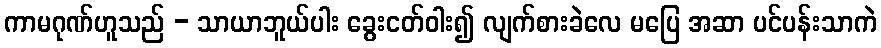
ကာမဂုဏ်ဟူသည် - သာယာဘူယ်ပါး ခွေးငတ်ဝါး၍ လျက်စားခဲလေ မပြေ အဆာ ပင်ပန်းသာကဲ